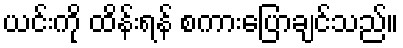
ယင်းကို ထိန်းရန် စကားပြောချင်သည်။